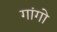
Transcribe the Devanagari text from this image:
गांगो